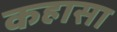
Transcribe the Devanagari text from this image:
कहासा